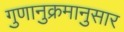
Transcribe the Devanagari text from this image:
गुणानुक्रमानुसार